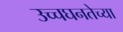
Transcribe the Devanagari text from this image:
उच्चघनतेच्या